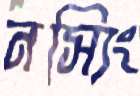
নস্যিং